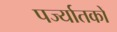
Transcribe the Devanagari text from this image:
पर्ज्यातकों